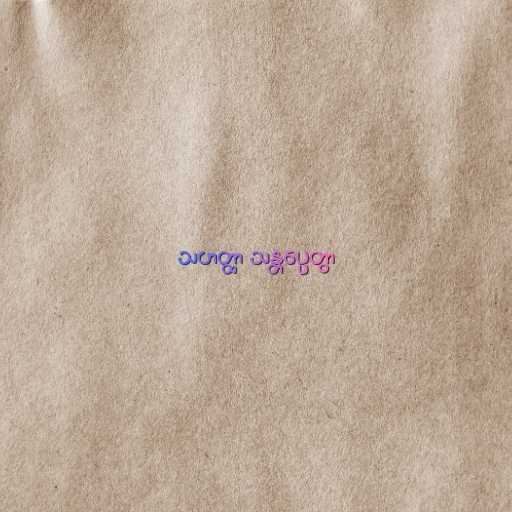
သဟတ္ထာ သန္တပ္ပေတွာ